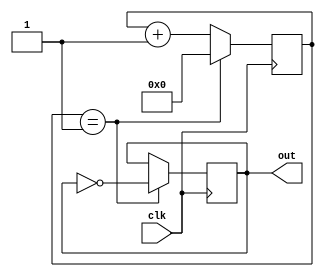
module clockDiv(out, clk);
input clk;
output reg out;

reg[32:0] counter;
// number of clock to divide
parameter maxCount = 2;

initial begin
   counter = 0;
   out = 0;
end

always @(posedge clk) begin
    if (counter == maxCount - 1)
       counter <= 0;
    else 
       counter <= counter + 1;
end


always @(posedge clk) begin 
    if (counter == maxCount - 1)
        out <= ~out;
end


endmodule